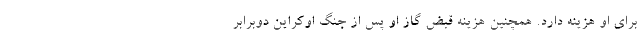
برای او هزینه دارد. همچنین هزینه قبض گاز او پس از جنگ اوکراین دوبرابر